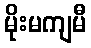
မိုးမကျမီ